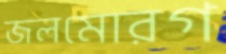
জলমোরগ